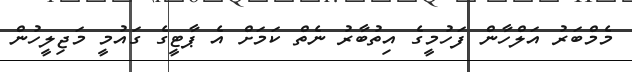
މެމްބަރު އަލްހާން ފަހުމީގެ އިތުބާރު ނެތް ކަމަށް އެ ޕާޓީގެ ގައުމީ މަޖިލީހުން